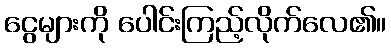
ငွေများကို ပေါင်းကြည့်လိုက်လေ၏။